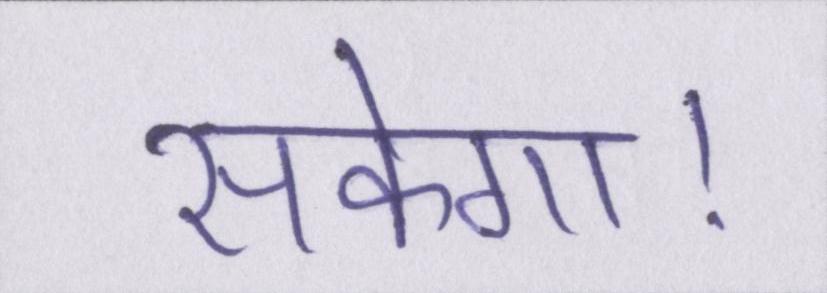
सकेगा।